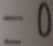
= 0